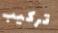
تركيب